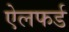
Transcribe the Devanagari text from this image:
ऐलफर्ड